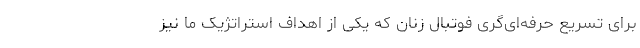
برای تسریع حرفه‌ای‌گری فوتبال زنان که یکی از اهداف استراتژیک ما نیز